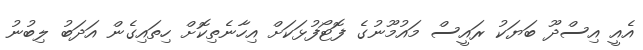
އެއީ އިސްދޫ ބަޔަކު ރައީސް މައުމޫނުގެ ފޮޓޯފުޅަކަށް އިހާނެތިކޮށް ހިތައިގެން އަދަބު ލިބުނު